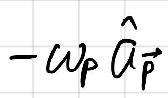
\(- \omega_{\vec{p}} \hat{\vec{\alpha}}_{\vec{p}}\)